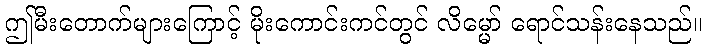
ဤမီးတောက်များကြောင့် မိုးကောင်းကင်တွင် လိမ္မော် ရောင်သန်းနေသည်။